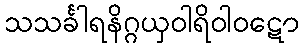
သသင်္ခါရနိဂ္ဂယှဝါရိဝါဝဋော